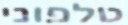
טלפוני